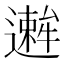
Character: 𫑋